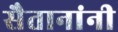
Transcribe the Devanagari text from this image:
सैतानांनी